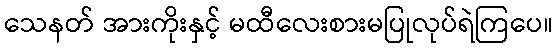
သေနတ် အားကိုးနှင့် မထီလေးစားမပြုလုပ်ရဲကြပေ။